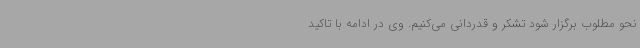
نحو مطلوب برگزار شود تشکر و قدردانی می‌کنیم. وی در ادامه با تاکید